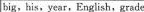
big,his,year,English,grade